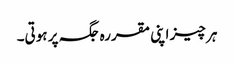
ہر چیز اپنی مقررہ جگہ پر ہوتی۔